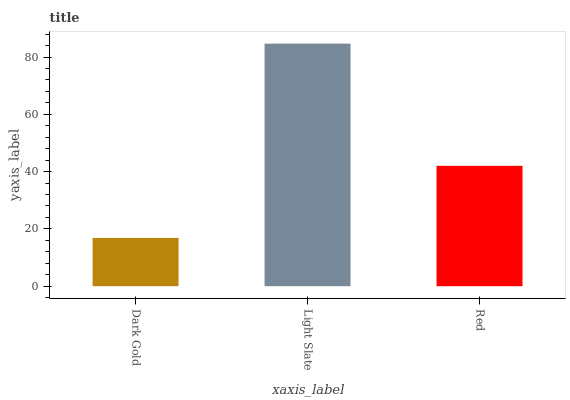
| xaxis_label | bars |
 | --- | --- |
 | Dark Gold | 16.9 |
 | Light Slate | 84.7 |
 | Red | 42 |